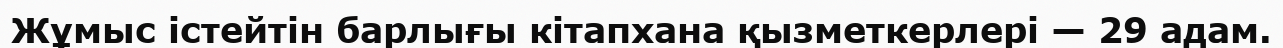
Жұмыс істейтін барлығы кітапхана қызметкерлері — 29 адам.